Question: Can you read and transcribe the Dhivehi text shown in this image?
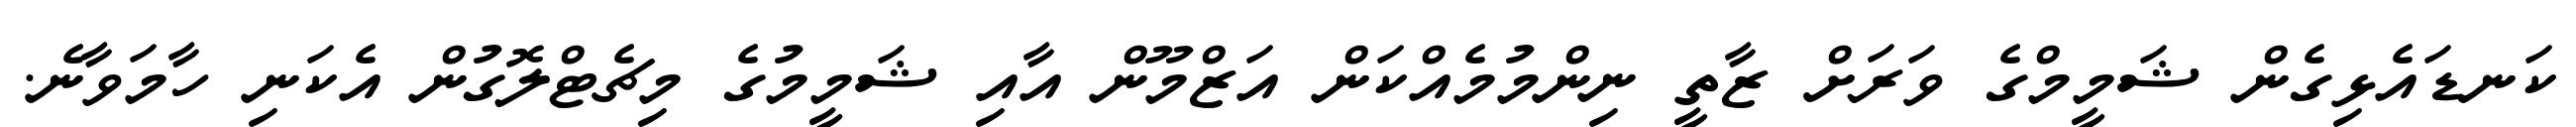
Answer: ކަނޑައެޅިގެން ޝަމީމްގެ ވަރަށް ޒާތީ ނިންމުމެއްކަން އަޒްމޫން އާއި ޝަމީމުގެ މިޗެޓްލޮގުން އެކަނި ހާމަވާނެ.